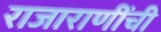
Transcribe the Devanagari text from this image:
राजाराणींची